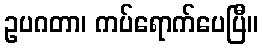
ဥပဂတာ၊ ကပ်ရောက်ပေပြီ။